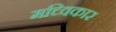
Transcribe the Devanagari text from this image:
मच्विकार